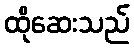
ထိုဆေးသည်